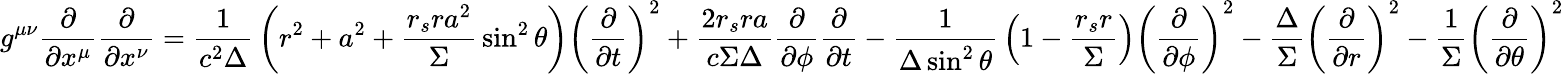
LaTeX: g^{\mu\nu}{\frac{\partial}{\partial x^{\mu}}}{\frac{\partial}{\partial x^{\nu}}}={\frac{1}{c^{2}\Delta}}\left(r^{2}+a^{2}+{\frac{r_{s}ra^{2}}{\Sigma}}\sin^{2}\theta\right)\left({\frac{\partial}{\partial t}}\right)^{2}+{\frac{2r_{s}ra}{c\Sigma\Delta}}{\frac{\partial}{\partial\phi}}{\frac{\partial}{\partial{t}}}-{\frac{1}{\Delta\sin^{2}\theta}}\left(1-{\frac{r_{s}r}{\Sigma}}\right)\left({\frac{\partial}{\partial\phi}}\right)^{2}-{\frac{\Delta}{\Sigma}}\left({\frac{\partial}{\partial r}}\right)^{2}-{\frac{1}{\Sigma}}\left({\frac{\partial}{\partial\theta}}\right)^{2}